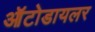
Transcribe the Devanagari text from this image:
ऑटोडायलर